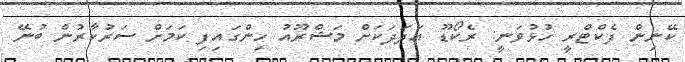
ކޭނިން ފެކްޓްރީ ހުޅުވަނީ: ރެކޯޑޫ އަދަދަކަށް މަޝްރޫއު ހިންގައިފި ކަމަށް ސަރުކާރުން ބުނޭ